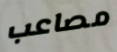
مصاعب